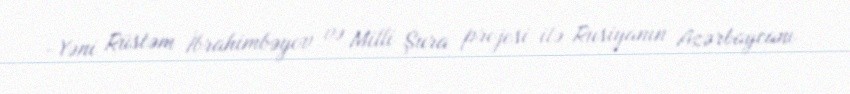
-Yəni Rüstəm İbrahimbəyov və Milli Şura projesi ilə Rusiyanın Azərbaycanı